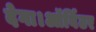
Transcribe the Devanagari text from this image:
देगा।ऑर्बिटर